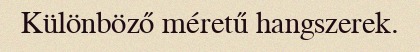
Különböző méretű hangszerek.